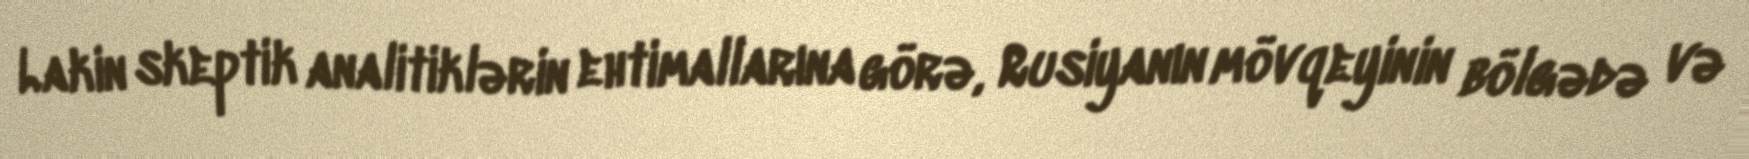
Lakin skeptik analitiklərin ehtimallarına görə, Rusiyanın mövqeyinin bölgədə və